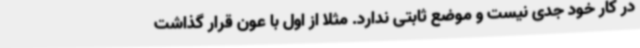
در کار خود جدی نیست و موضع ثابتی ندارد. مثلا از اول با عون قرار گذاشت